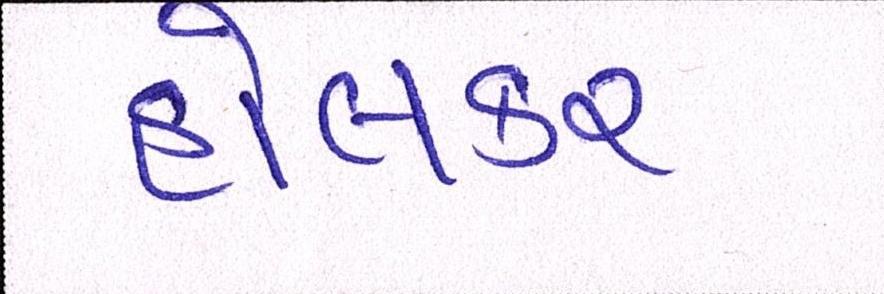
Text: હોલકર